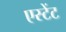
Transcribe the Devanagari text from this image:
एस्टेंट